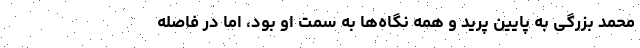
محمد بزرگی به پایین پرید و همه نگاه‌ها به سمت او بود، اما در فاصله